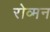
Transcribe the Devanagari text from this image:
रोव्मन